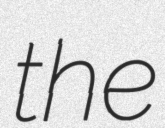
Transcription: the